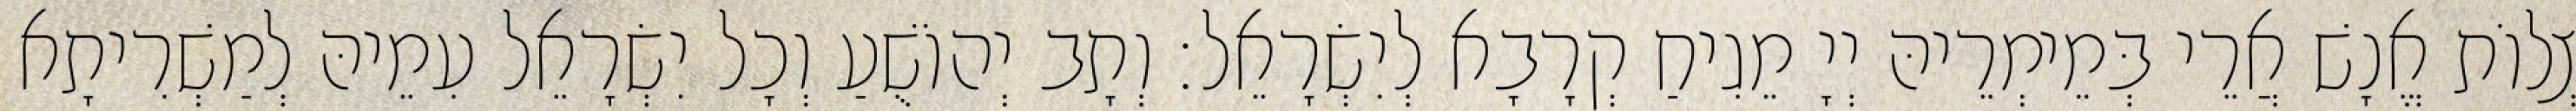
צְלוֹת אֱנָשׁ אֲרֵי בְּמֵימְרֵיהּ יְיָ מֵגִיחַ קְרָבָא לְיִשְׂרָאֵל׃ וְתָב יְהוֹשֻׁעַ וְכָל יִשְׂרָאֵל עִמֵיהּ לְמַשְׁרִיתָא